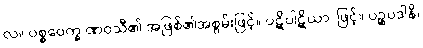
လ။ ပစ္စဝေက္ခ ဏဝသီ၏ အဖြစ်၏အစွမ်းဖြင့်။ ပဋိပါဋိယာ၊ ဖြင့်။ ပဉ္စပဒါနိ၊